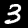
Digit: 3